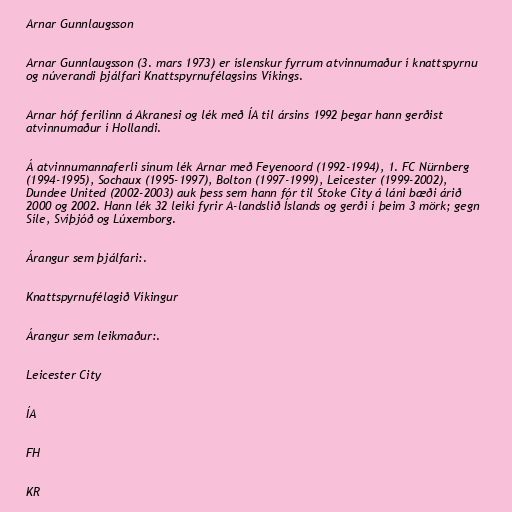
Arnar Gunnlaugsson

Arnar Gunnlaugsson (3. mars 1973) er íslenskur fyrrum atvinnumaður í knattspyrnu
og núverandi þjálfari Knattspyrnufélagsins Víkings.

Arnar hóf ferilinn á Akranesi og lék með ÍA til ársins 1992 þegar hann gerðist
atvinnumaður í Hollandi.

Á atvinnumannaferli sínum lék Arnar með Feyenoord (1992-1994), 1. FC Nürnberg
(1994-1995), Sochaux (1995-1997), Bolton (1997-1999), Leicester (1999-2002),
Dundee United (2002-2003) auk þess sem hann fór til Stoke City á láni bæði árið
2000 og 2002. Hann lék 32 leiki fyrir A-landslið Íslands og gerði í þeim 3 mörk; gegn
Síle, Svíþjóð og Lúxemborg.

Árangur sem þjálfari:.

Knattspyrnufélagið Víkingur

Árangur sem leikmaður:.

Leicester City

ÍA

FH

KR